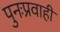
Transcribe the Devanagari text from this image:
पुनःप्रवाही